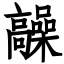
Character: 髞